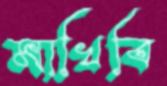
মাখিবি